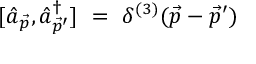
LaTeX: [ \hat { a } _ { \vec { p } } , \hat { a } _ { \vec { p } ^ { \prime } } ^ { \dag } ] \ = \ \delta ^ { ( 3 ) } ( \vec { p } - \vec { p } ^ { \prime } )